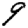
Digit: 9